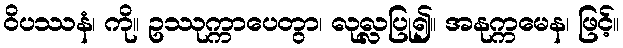
ဝိပဿနံ၊ ကို။ ဥဿုက္ကာပေတွာ၊ လုလ္လပြု၍။ အနုက္ကမေန၊ ဖြင့်။